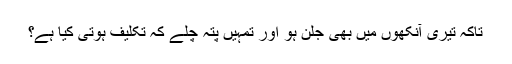
تاکہ تیری آنکھوں میں بھی جلن ہو اور تمہیں پتہ چلے کہ تکلیف ہوتی کیا ہے؟